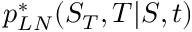
p _ { L N } ^ { * } ( S _ { T } , T | S , t )